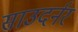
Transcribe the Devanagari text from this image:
साउदर्नर